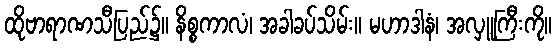
ထိုဗာရာဏသီပြည်၌။ နိစ္စကာလံ၊ အခါခပ်သိမ်း။ မဟာဒါနံ၊ အလှူကြီးကို။